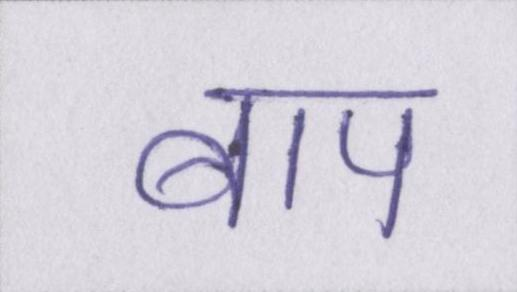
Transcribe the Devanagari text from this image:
बाप